system: You are a helpful assistant.
user:
Analyze the provided spectrum to determine if it is a **"Cataclysmic Variables (CV)"**.

- **Key Indicators for CV (Check for either state):**
    - **State 1: Quiescent / Low-State (Emission-Dominated)**
        - **(Primary):** Strong and *very broad* Hydrogen Balmer emission lines (e.g., $H\alpha$ at 6563 Å, $H\beta$ at 4861 Å). The 'broadness' (high velocity dispersion, often FWHM > 1000 km/s) is the key diagnostic, indicating a high-velocity accretion disk.
        - **(Secondary):** Broad neutral Helium (He I) emission lines (e.g., 5876 Å, 6678 Å).
        - **(Key Confirmation):** Presence of high-excitation *ionized* Helium (He II) emission at 4686 Å. This is a strong indicator of accretion onto a white dwarf.
        - **(Line Profile):** Emission lines may exhibit a 'double-peaked' profile, which is a classic signature of a rotating accretion disk viewed at high inclination.

    - **State 2: Outburst / High-State (Absorption-Dominated)**
        - **(Primary):** Spectrum is dominated by a bright, blue continuum (looks like a hot star).
        - **(Secondary):** The emission lines from State 1 are weak, absent, or 'filled in', and are replaced by broad, shallow *absorption* lines (primarily Balmer and He I).
        - **(Morphology):** The overall spectrum mimics a hot B/A-type star. The crucial difference is that the absorption lines are significantly broader, shallower, and more 'washed-out' (or 'smeared') than the sharp lines of a normal stellar photosphere, due to high rotational speeds and pressure broadening in the disk.

Think first, call **spectral_visualization_tool** if needed to examine features in detail, then provide your final answer. Your response must adhere to the following strict rules:
1.  **Overall Structure:** Your response must follow the format `<think>...</think> <tool_call>...</tool_call> (if a tool is used) <answer>...</answer>`.
2.  **Tool Usage Constraint:** You may only make **one** tool call per turn.
3.  **Final Answer Format:** In the `<answer>` tag, your conclusion must be inside a `\boxed{}` command (e.g., `\boxed{YES}`), followed by your justification.

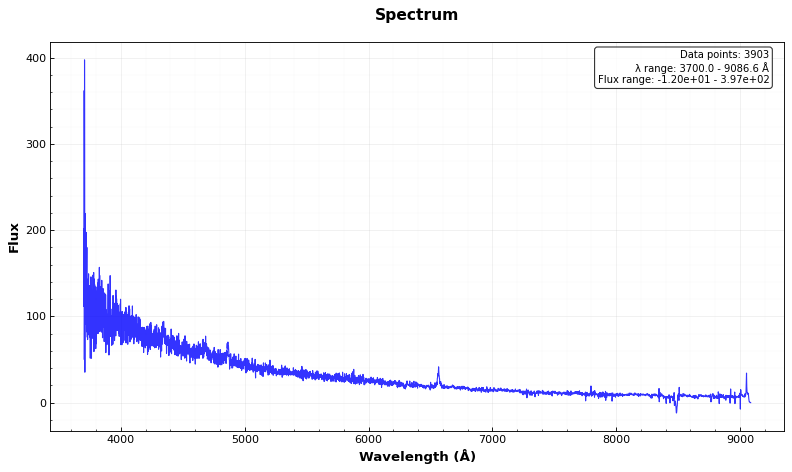
Answer: YES